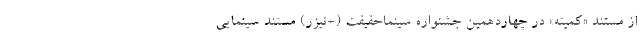
از مستند «کمیته» در چهاردهمین جشنواره سینماحقیقت (+تیزر) مستند سینمایی